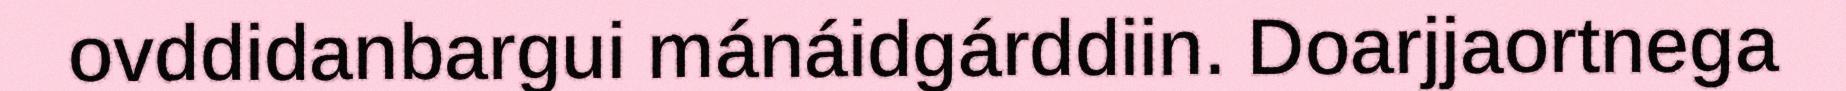
ovddidanbargui mánáidgárddiin. Doarjjaortnega